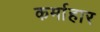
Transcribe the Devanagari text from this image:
कर्माहार